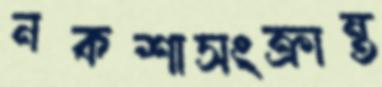
নকশাসংক্রান্ত